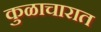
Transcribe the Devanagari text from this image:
कुळाचारात